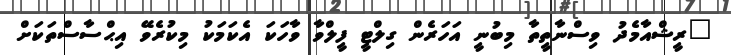
"ރީޝްއާމެދު ވިސްނާތީތާ މިބުނީ އަހަރެން ގިލްޓީ ފީލްވާ ވާހަކަ އެކަމަކު މިކުރެވޭ އިޙްސާސްތަކަށް